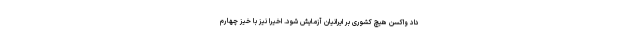
داد واکسن هیچ کشوری بر ایرانیان آزمایش شود. اخیرا نیز با خیز چهارم